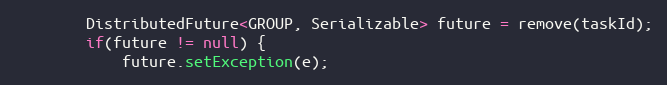
Language: Java
        DistributedFuture<GROUP, Serializable> future = remove(taskId);
        if(future != null) {
            future.setException(e);